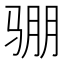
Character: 𮹊